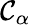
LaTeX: \mathcal{C}_{\alpha}